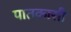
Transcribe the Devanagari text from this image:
पातकासी